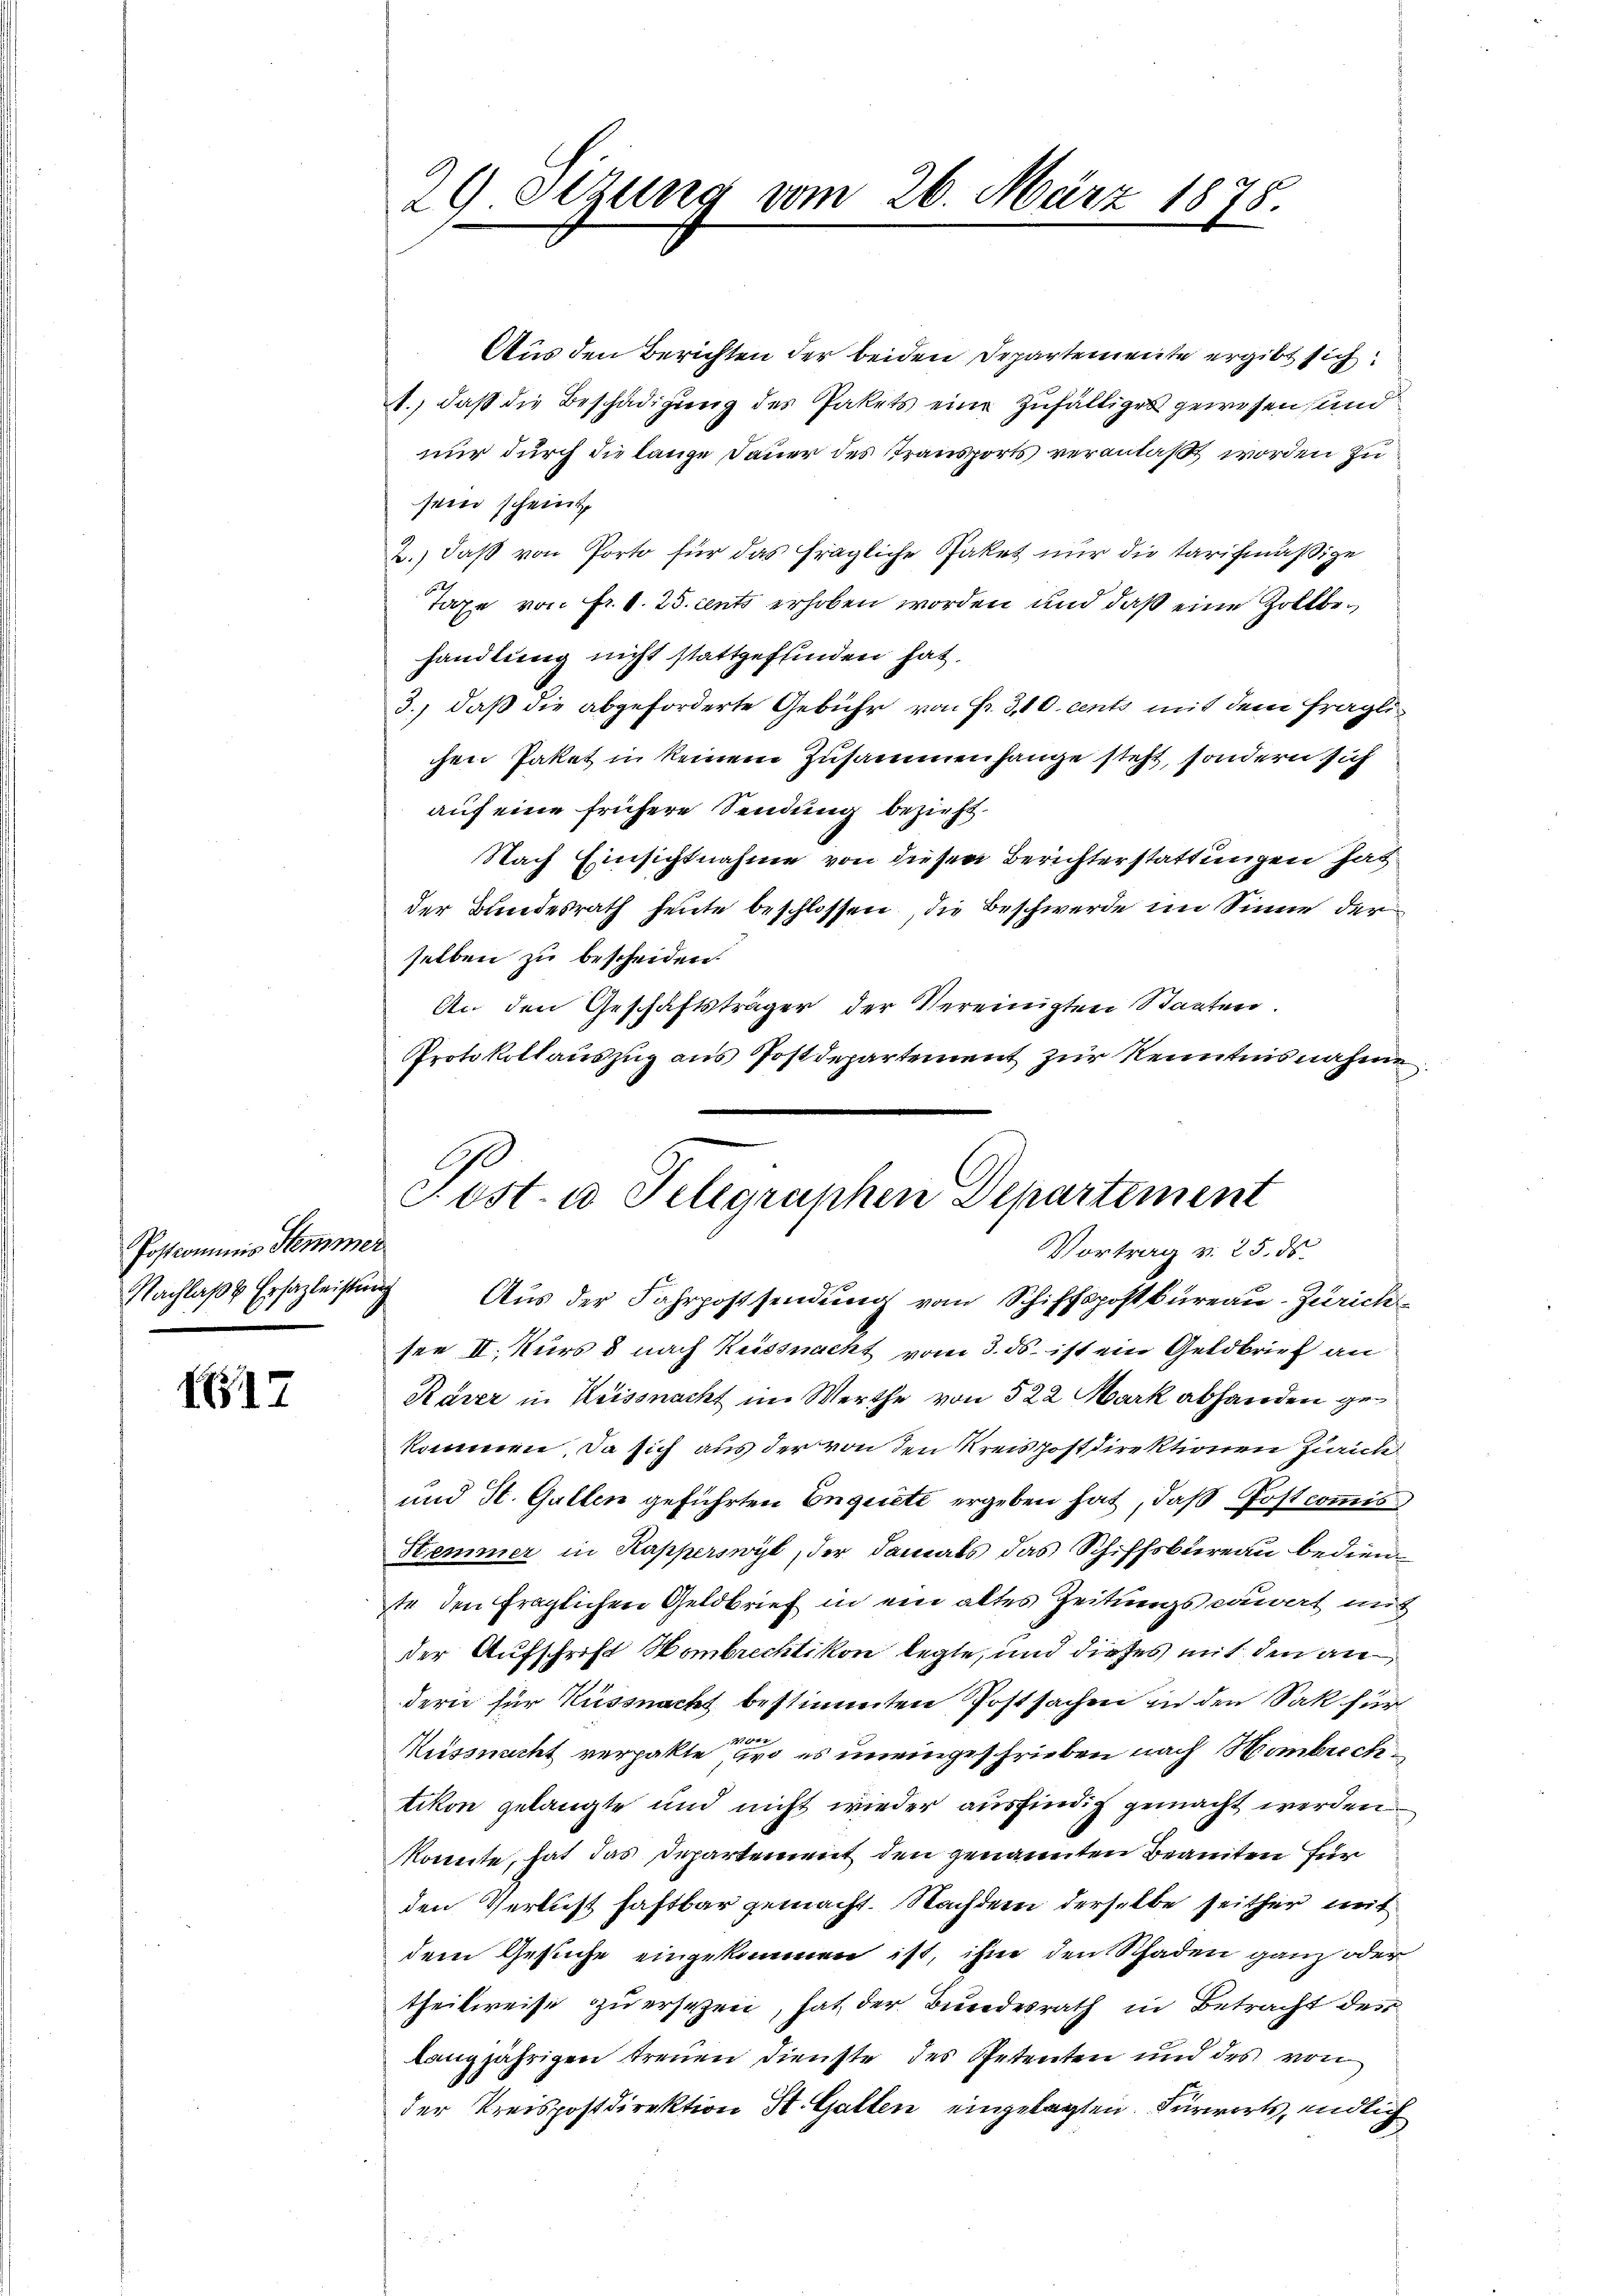
Postcommis Semmer
Nachlaβ u Ersatzleisten

17

29. Setzung vom 26. März 1878.

Aus den Berichten der beiden Departemente ergibt sich
1.) daß die Beschädigung des Pakets eine zufälliges gewesen und
nur durch die lange Dauer des Transports veranlaßt worden zu
sein scheint,
2.) daß von Porto für das fragliche Paket nur die Tarifmäßige
Taxe von Fr. 8. 25. cents erhoben worden und daß eine Zollbehandlung nicht stattgefunden hat.
3., daß die abgeforderte Gebühr von Fr. 310. cents mit dem fraglichen Paket in keinem Zusammenhange steht, sondern sich
auf eine frühere Sendung bezieht.
Nach Einsichtnahme von diesen Berichterstattungen hat.
der Bundesrath heute beschlossen, die Beschwerde im Sinne der
selben zu bescheiden.
An den Geschäftsträger der Vereinigten Staaten.
Protokollauszug aus Postdepartement zur Kenntnisnahme
see II. Kurs d nach Küssnacht vom 3. ds. ist ein Geldbrief an
Kaver in Küssnacht im Werthe von 522 Mark abhanden gekommen. Da sich aus der von den Kreispostdirektionen Zürich
und St. Gallen geführten Enquete ergeben hat, daß Postcommis
Stemmer in Kapperswyl, der damals das Schiffsbureau bediente den fraglichen Geldbrief in ein altes Zeitungsparat mit
der Aufschrift Hombrechtikon legte, und dieses mit den andern für Küssnacht bestimmten Postsachen in den Sak für
Küssnacht verpakte pro es uneingeschrieben nach Hombrechtikon gelangte und nicht wieder ausfindig gemacht werden
konnte, hat das Departement den genannten Beamten für
den Verlust haftbar gemacht. Nachdem derselbe seither mit
dem Gesuche eingekommen ist, ihm den Schaden ganz oder
theilweise zu ersezen, hat der Bundesrath in Betracht der
langjährigen treuen Dienste des Petenten und des von
der Kreispostdirektion St. Galten eingelegten Fürworts, endlich

Post- u Telegraphen Departement
Vortrag v. 25. ds.
 Aus der Fahrpostsendung vom Schiffspostbüreau-Zürich¬